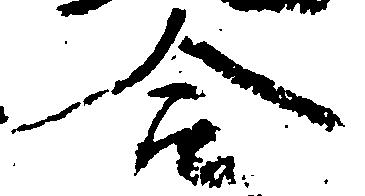
合